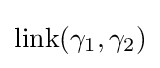
\mathrm {link} (\gamma _{1},\gamma _{2})